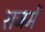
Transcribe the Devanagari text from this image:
राजमें